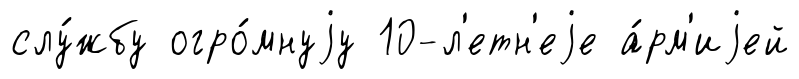
слу́жбу огро́мнуjу 10-л'етн'еjе а́рм'иjей